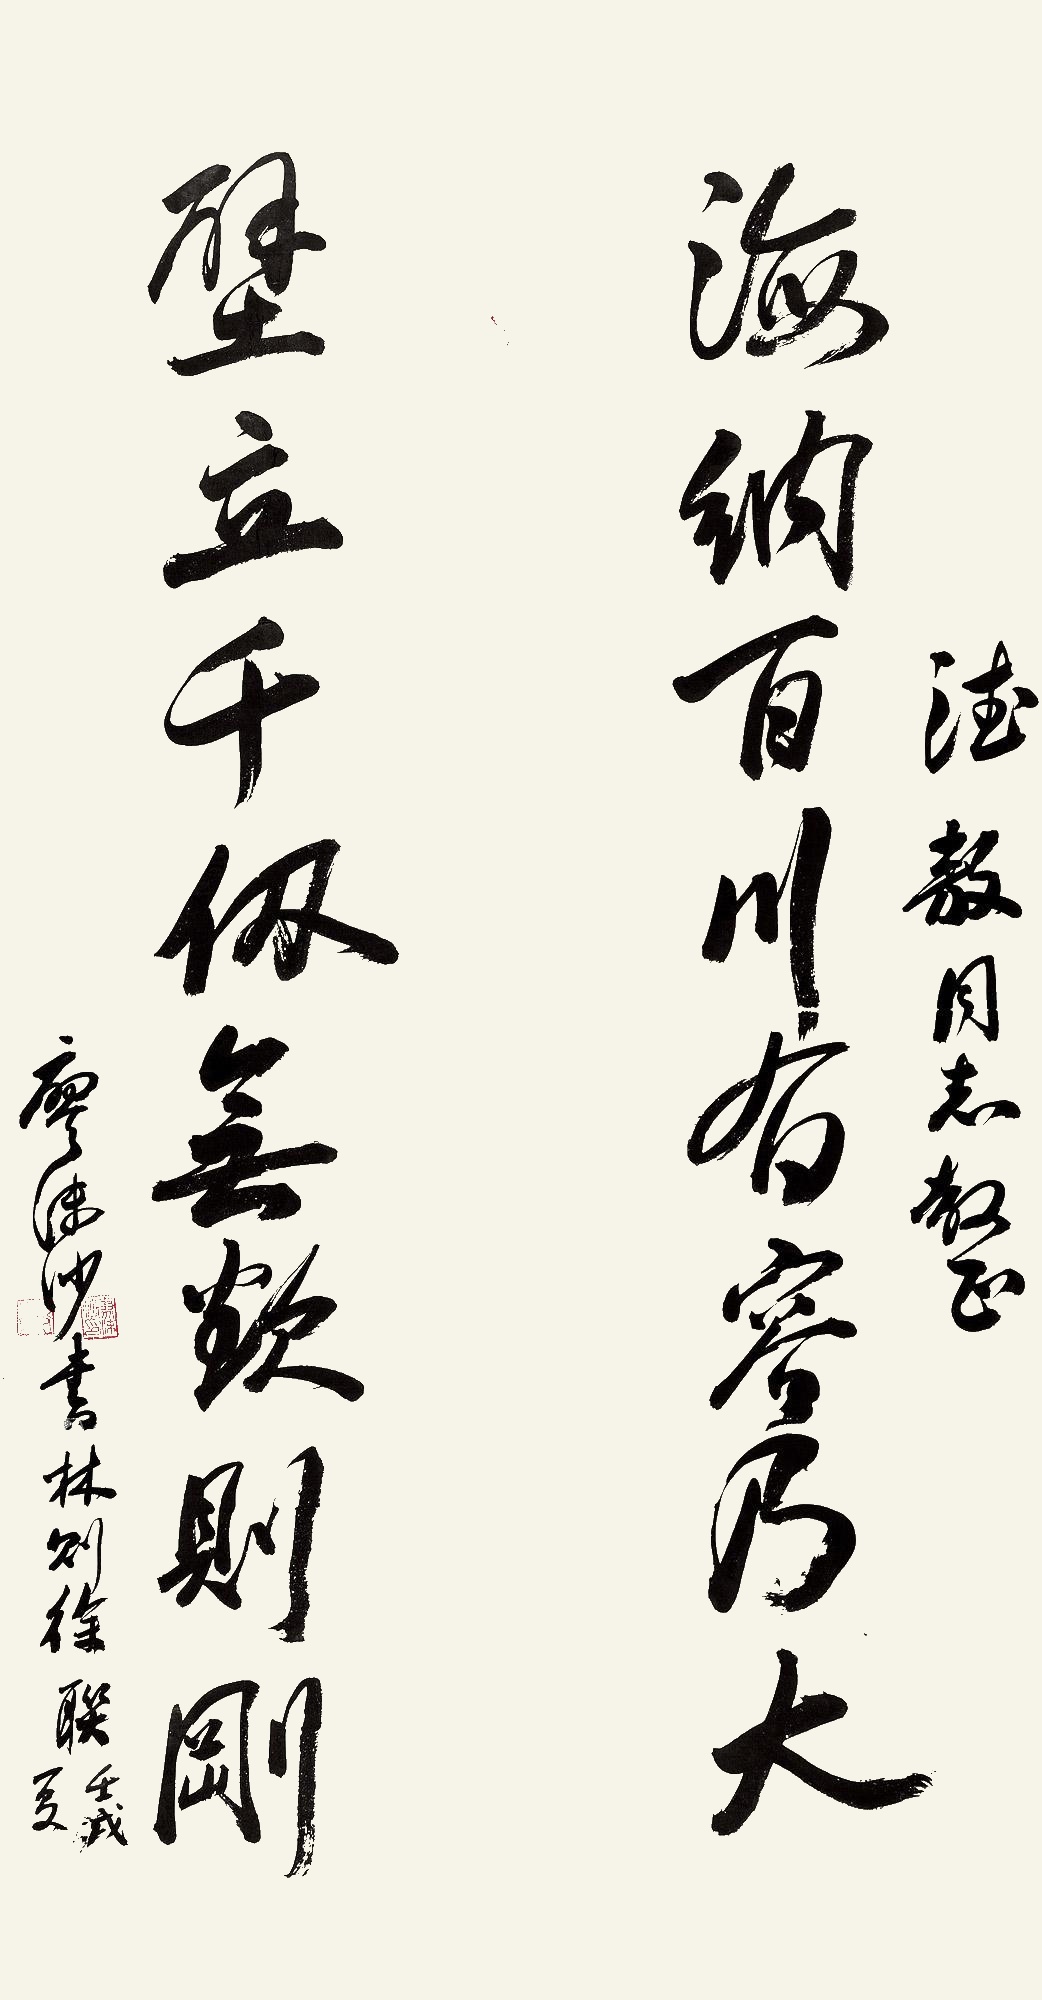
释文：海纳百川有容乃大，壁立千仞无欲则刚。德敖同志教正，廖沫沙书林则徐联。壬戌（1982年）夏。